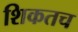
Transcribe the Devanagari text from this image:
शिकतच